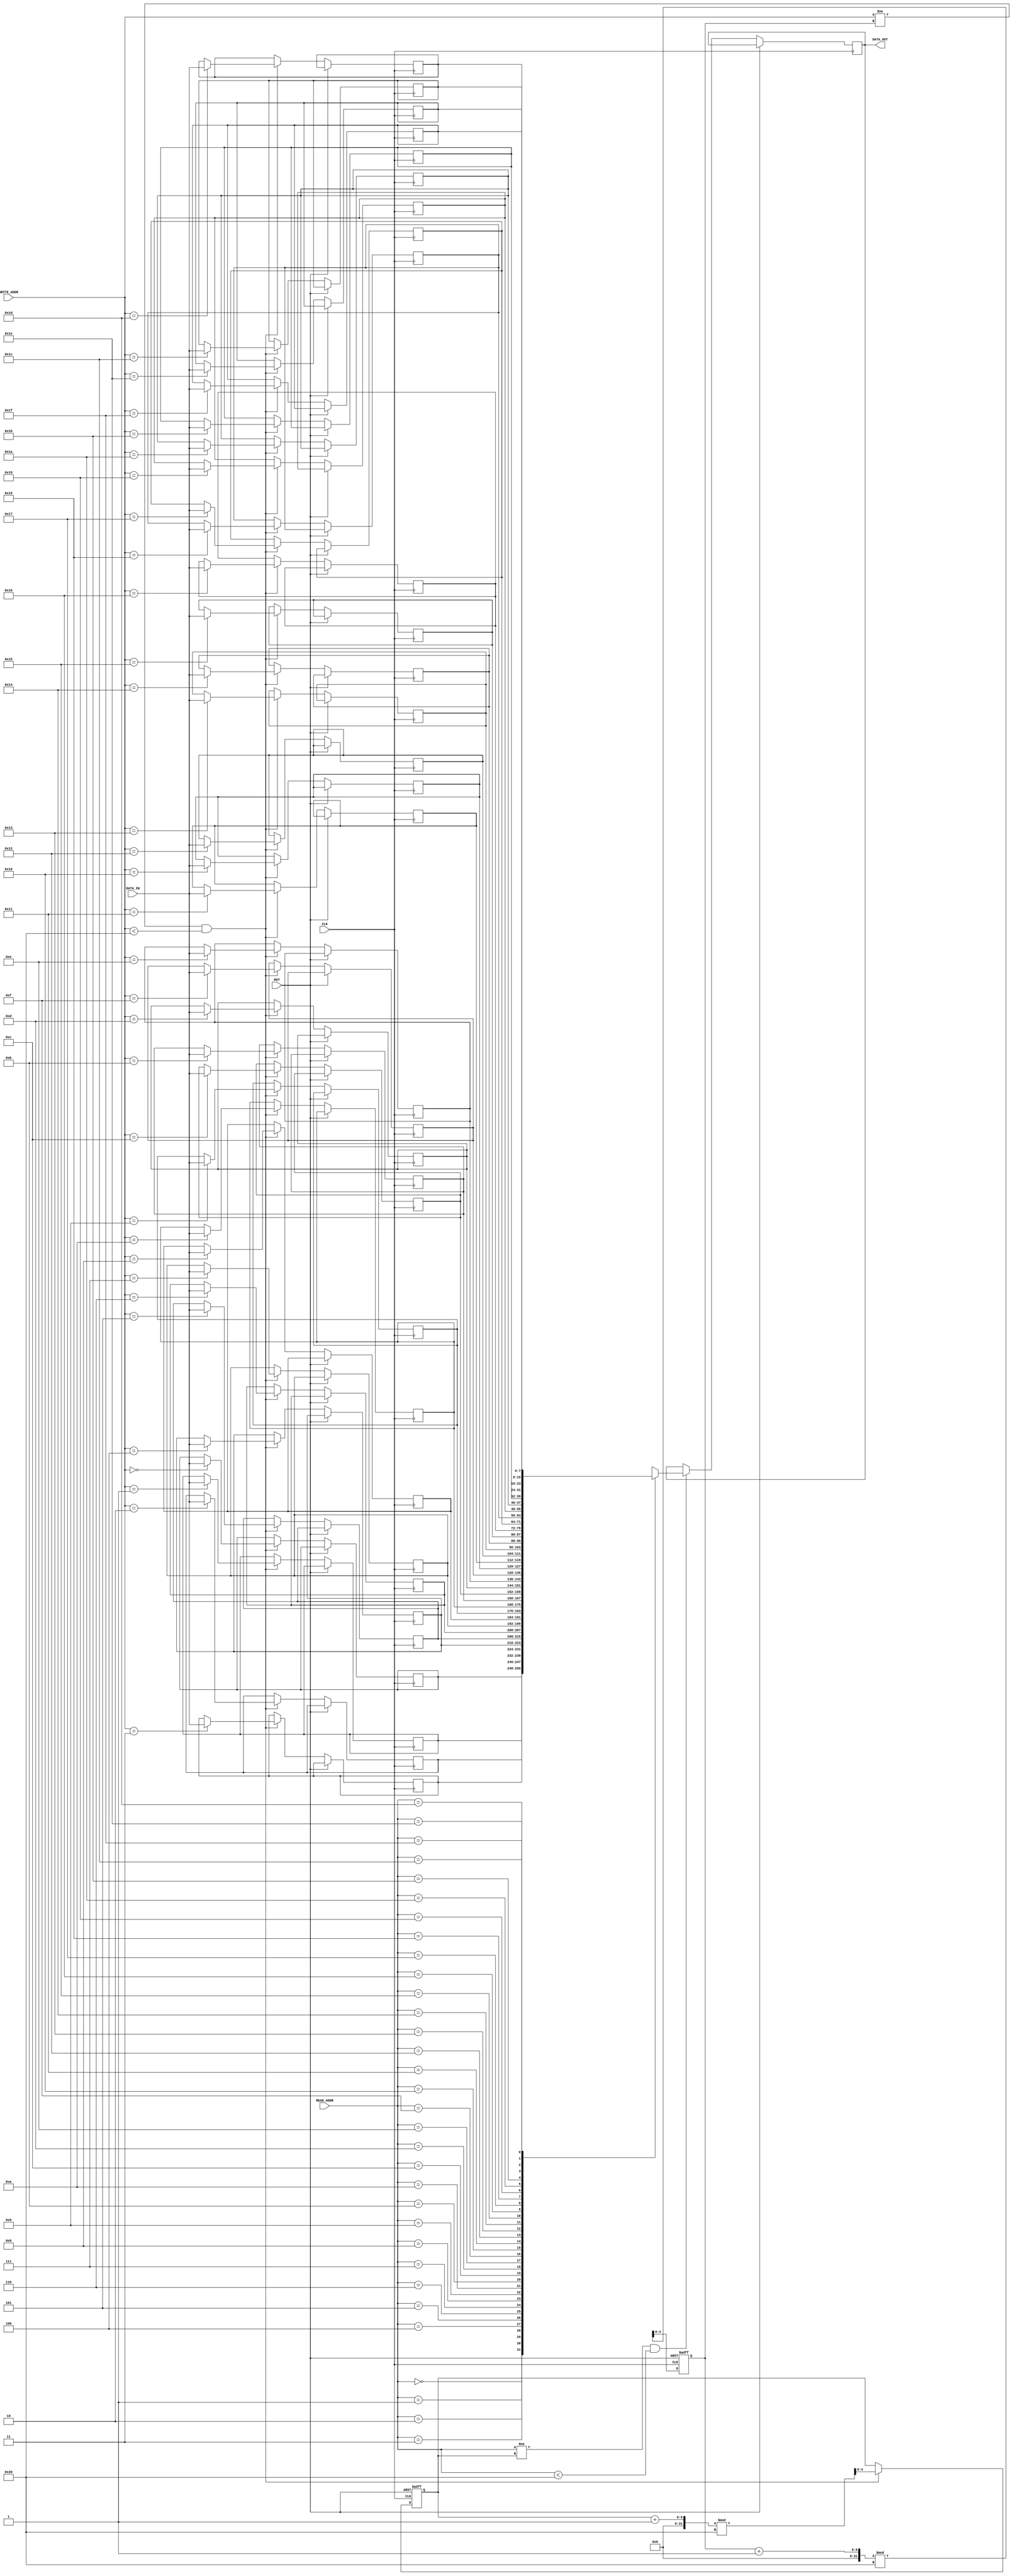
module CircularRegisterFile(
    input wire CLK,
    input wire RST,
    input wire [ADDR_WIDTH-1:0] READ_ADDR,
    input wire [ADDR_WIDTH-1:0] WRITE_ADDR,
    input wire [DATA_WIDTH-1:0] DATA_IN,
    output reg [DATA_WIDTH-1:0] DATA_OUT
);

parameter ADDR_WIDTH = 5;
parameter DATA_WIDTH = 8;
parameter NUM_REGISTERS = 32;

reg [DATA_WIDTH-1:0] registers [0:NUM_REGISTERS-1];
reg [ADDR_WIDTH-1:0] read_ptr;
reg [ADDR_WIDTH-1:0] write_ptr;

always @(posedge CLK or posedge RST) begin
    if (RST) begin
        read_ptr <= 0;
        write_ptr <= 0;
    end else begin
        read_ptr <= (read_ptr + 1) % NUM_REGISTERS;
        if (READ_ADDR != write_ptr && READ_ADDR < NUM_REGISTERS) begin
            DATA_OUT <= registers[READ_ADDR];
        end
        if (WRITE_ADDR != read_ptr && WRITE_ADDR < NUM_REGISTERS) begin
            registers[WRITE_ADDR] <= DATA_IN;
            write_ptr <= (write_ptr + 1) % NUM_REGISTERS;
        end
    end
end

endmodule